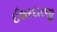
ઈશરદારજી